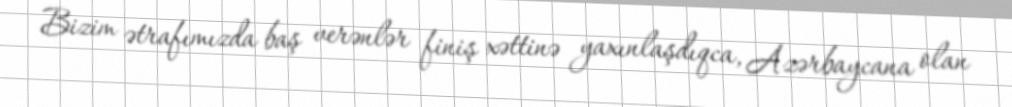
Bizim ətrafımızda baş verənlər finiş xəttinə yaxınlaşdıqca, Azərbaycana olan